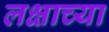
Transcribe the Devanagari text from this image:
लक्षाच्या